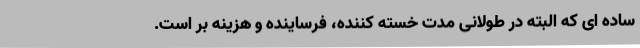
ساده ای که البته در طولانی مدت خسته کننده، فرساینده و هزینه بر است.